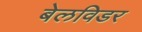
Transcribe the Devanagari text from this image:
बेलविडर